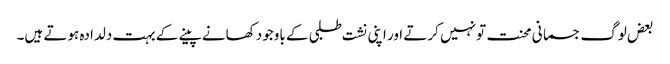
بعض لوگ جسمانی محنت تو نہیں کرتے اور اپنی نشت طلبی کے باوجود کھانے پینے کے بہت دلدادہ ہوتے ہیں۔